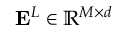
\mathbf { E } ^ { L } \in \mathbb { R } ^ { M \times d }